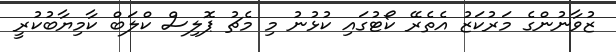
ޒުވާނުންގެ މަރުކަޒު އެެތެރޭ ކޯޓުގައި ކުޅުނު މި މެޗު ޕޮލިސް ކްލަބް ކާމިޔާބުކުރީ